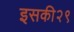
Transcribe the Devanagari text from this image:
इसकी२९